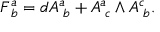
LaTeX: F _ { \; b } ^ { a } = d A _ { \; b } ^ { a } + A _ { \; c } ^ { a } \wedge A _ { \; b } ^ { c } .